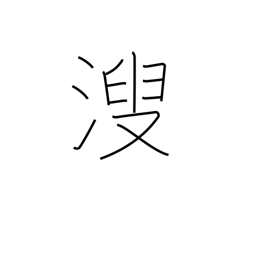
Meaning: urine